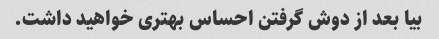
بیا بعد از دوش گرفتن احساس بهتری خواهید داشت.